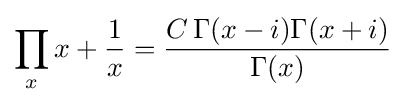
\prod _{x}x+{\frac {1}{x}}={\frac {C\,\Gamma (x-i)\Gamma (x+i)}{\Gamma (x)}}